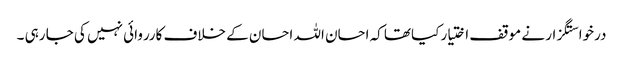
درخواستگزار نے موقف اختیار کیاتھا کہ احسان اللہ احسان کے خلاف کارروائی نہیں کی جا رہی ۔